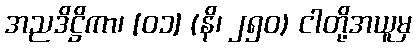
အညဒိဋ္ဌိကာ၊ [၀၁] (နိ၊ ၂၅၀) ငါတို့အယူမှ